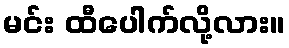
မင်း ထီပေါက်လို့လား။